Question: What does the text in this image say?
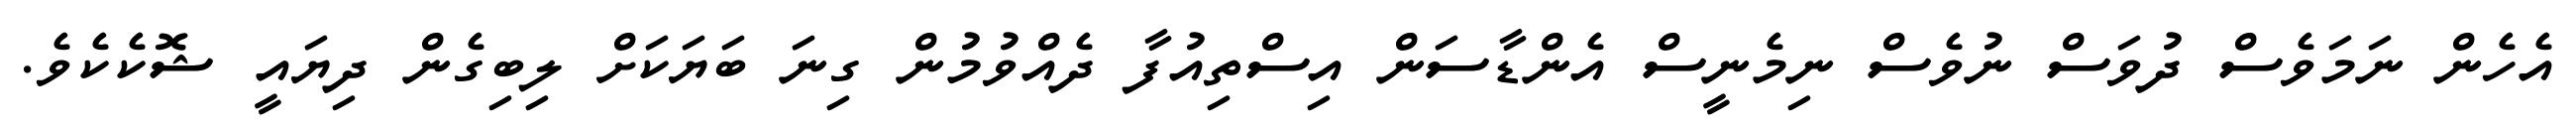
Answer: އެހެން ނަމަވެސް ދުވަސް ނުވެސް ނިމެނީސް އެންޑާސަން އިސްތިއުފާ ދެއްވުމުން ގިނަ ބަޔަކަށް ލިބިގެން ދިޔައީ ޝޮކެކެވެ.